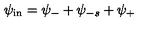
\psi _ { \mathrm { i n } } = \psi _ { - } + \psi _ { - s } + \psi _ { + }